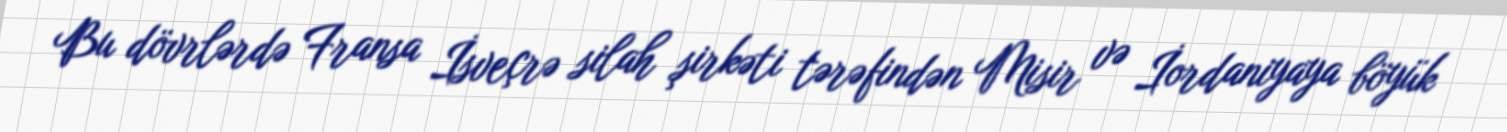
Bu dövrlərdə Fransa İsveçrə silah şirkəti tərəfindən Misir və İordaniyaya böyük